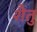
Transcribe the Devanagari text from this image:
शैतु